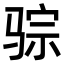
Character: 骔